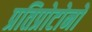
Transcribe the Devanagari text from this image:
प्रतिप्रोटोनों